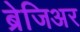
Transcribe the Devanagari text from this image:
ब्रेजिअर